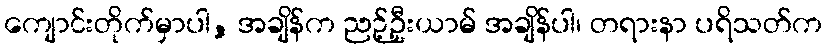
ကျောင်းတိုက်မှာပါ, အချိန်က ညဉ့်ဦးယာမ် အချိန်ပါ၊ တရားနာ ပရိသတ်က